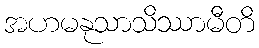
အဟမနုသာသိဿာမီတိ